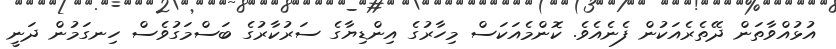
އުޅުއްވާތަން ދޭތެރެއަކުން ފެނެއެވެ. ކޮންމެއަކަސް މިހާރުގެ އިންޑިޔާގެ ސަރުކާރުގެ ބަސްމަގުވެސް ހިނގަމުން ދަނީ